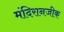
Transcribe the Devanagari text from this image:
मंदिरानजीक